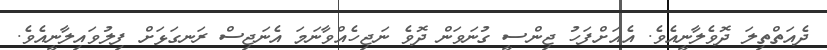
ދެއަތްތިލަ ދޮވެލާނީއެވެ. އެއަށްފަހު ޖިންސީ ގުނަވަން ދޮވެ ނަޖިހެއްވާނަމަ އެނަޖިސް ރަނގަޅަށް ފިލުވައިލާނީއެވެ.